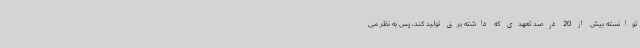
توانسته بیش از 20 درصد تعهدی که داشته برق تولید کند، پس به نظر می